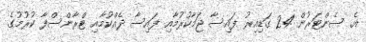
އެ ސެންޓަރުން 24 ގަޑިއިރު ފައިސާ ޖަމާކުރުމާއި ފައިސާ ދެއްކުމާއި ޓްރާންސްފާ ކުރުމުގެ